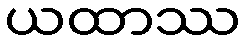
ယထာဿ